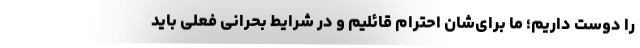
را دوست داریم؛ ما برای‌شان احترام قائلیم و در شرایط بحرانی فعلی باید